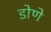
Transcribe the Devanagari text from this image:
डोणे